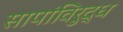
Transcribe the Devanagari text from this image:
सापांविरुद्ध